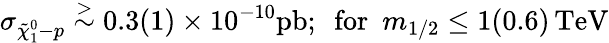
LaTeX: \sigma_{\tilde{\chi}_{1}^{0}-p}\stackrel{>}{\sim}0.3(1)\times 10^{-10}\mathrm{pb};\, \, \, \mathrm{for}\, \, \, m_{1/2}\leq 1(0.6)\, \mathrm{TeV}